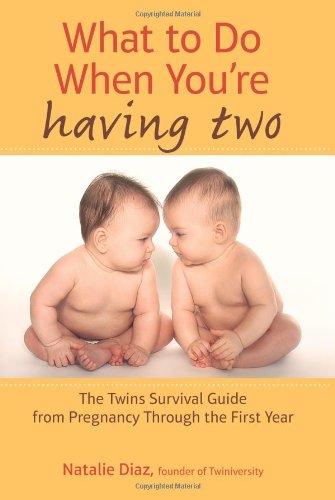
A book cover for What to Do When You're Having Two: The Twins Survival Guide from Pregnancy Through the First Year; Natalie Diaz; Parenting & Relationships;